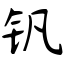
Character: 钒